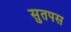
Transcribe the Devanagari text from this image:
सुतपस